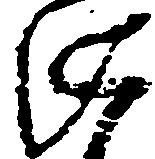
由